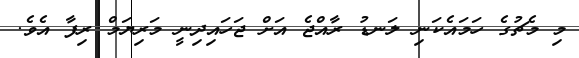
މި މެޗުގެ ހަމައެކަނި ލަނޑު ރާއްޖެ އަށް ޖަހައިދިނީ މަރިޔަމް ރިފާ އެވެ.